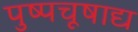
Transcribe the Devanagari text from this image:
पुष्पचूषाद्य